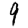
Digit: 9